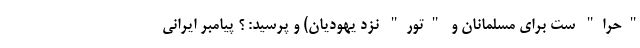
"حرا" ست برای مسلمانان و "تور" نزد یهودیان) و پرسید: ؟ پیامبر ایرانی